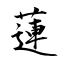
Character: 蓮